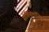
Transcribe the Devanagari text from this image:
सोशियोलॉजिस्ट